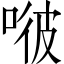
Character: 𠶎